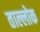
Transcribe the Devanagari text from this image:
ताल्लोक